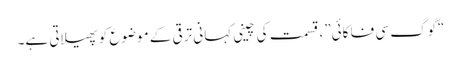
“گوگ سی فا کائی”، قسمت کی چینی کہانی ترقی کے موضوع کو پھیلاتی ہے۔